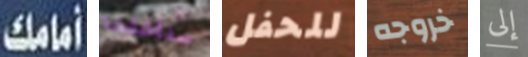
أمامك سنأخذها للحفل خروجه إلى